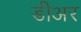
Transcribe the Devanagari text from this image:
डीअर